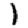
Digit: 1